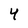
Character: 4